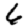
Digit: 6